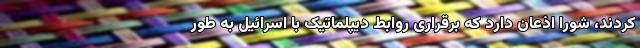
کردند، شورا اذعان دارد که برقراری روابط دیپلماتیک با اسرائیل به طور